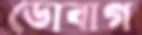
ডোবাগ